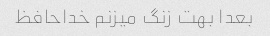
بعدا بهت زنگ میزنم خداحافظ